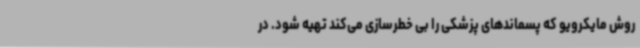
روش مایکرویو که پسماندهای پزشکی را بی خطرسازی می‌کند تهیه شود. در